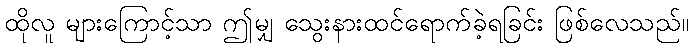
ထိုလူ များကြောင့်သာ ဤမျှ သွေးနားထင်ရောက်ခဲ့ရခြင်း ဖြစ်လေသည်။